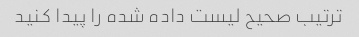
ترتیب صحیح لیست داده شده را پیدا کنید